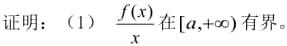
证明：（1）$\frac{f(x)}{x}$在$[a,+\infty)$有界。